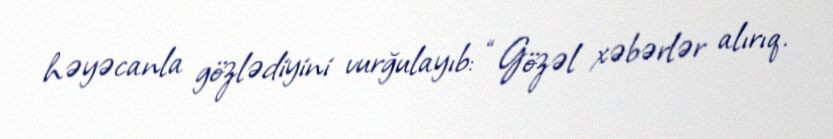
həyəcanla gözlədiyini vurğulayıb: “Gözəl xəbərlər alırıq.